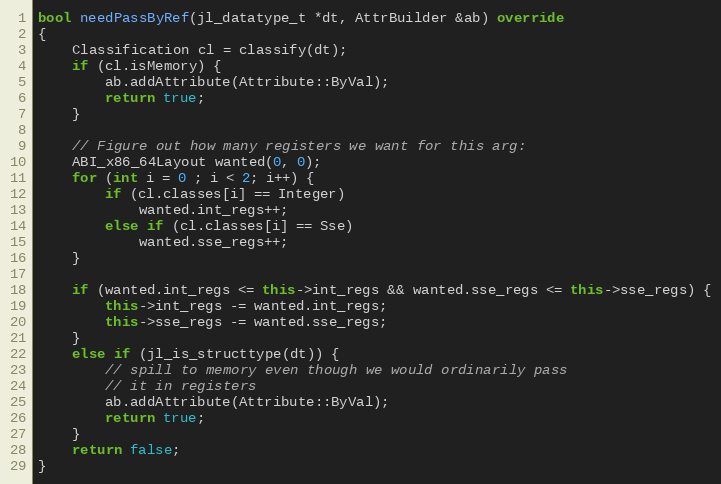
Language: C++
bool needPassByRef(jl_datatype_t *dt, AttrBuilder &ab) override
{
    Classification cl = classify(dt);
    if (cl.isMemory) {
        ab.addAttribute(Attribute::ByVal);
        return true;
    }

    // Figure out how many registers we want for this arg:
    ABI_x86_64Layout wanted(0, 0);
    for (int i = 0 ; i < 2; i++) {
        if (cl.classes[i] == Integer)
            wanted.int_regs++;
        else if (cl.classes[i] == Sse)
            wanted.sse_regs++;
    }

    if (wanted.int_regs <= this->int_regs && wanted.sse_regs <= this->sse_regs) {
        this->int_regs -= wanted.int_regs;
        this->sse_regs -= wanted.sse_regs;
    }
    else if (jl_is_structtype(dt)) {
        // spill to memory even though we would ordinarily pass
        // it in registers
        ab.addAttribute(Attribute::ByVal);
        return true;
    }
    return false;
}